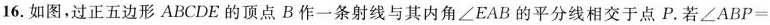
16.如图，过正五边形ABCDE的顶点B作一条射线与其内角∠EAB的平分线相交于点P.若$$∠ A B P =$$